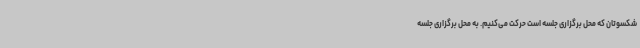
شکسوتان که محل برگزاری جلسه است حرکت می‌کنیم. به محل برگزاری جلسه